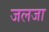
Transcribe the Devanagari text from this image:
जलजा